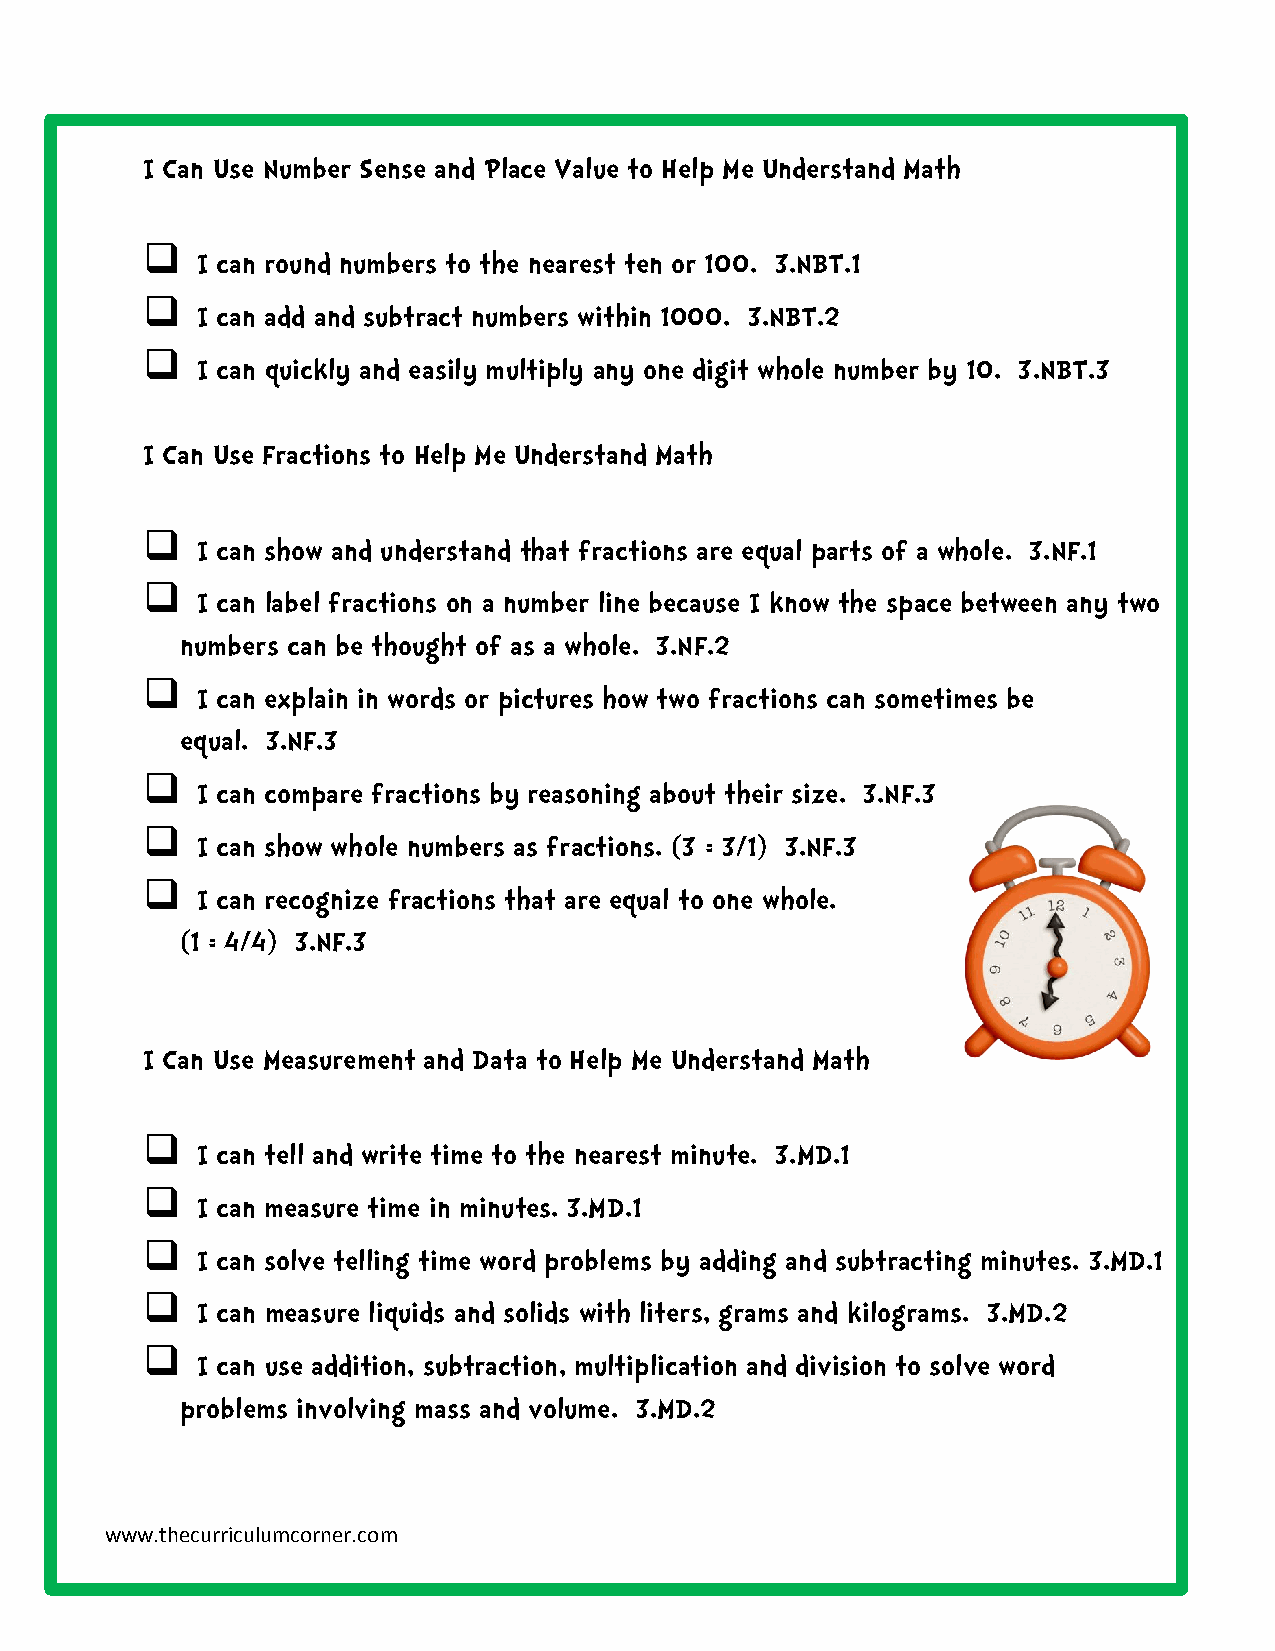
I Can Use Number Sense and Place Value to Help Me Understand Math
 
 I can round numbers to the nearest ten or 100. 3.NBT.1
 
 I can add and subtract numbers within 1000. 3.NBT.2
 
 I can quickly and easily multiply any one digit whole number by 10. 3.NBT.3
 I Can Use Fractions to Help Me Understand Math
 
 I can show and understand that fractions are equal parts of a whole. 3.NF.1
 
 I can label fractions on a number line because I know the space between any two
 numbers can be thought of as a whole. 3.NF.2
 
 I can explain in words or pictures how two fractions can sometimes be
 equal. 3.NF.3
 
 I can compare fractions by reasoning about their size. 3.NF.3
 
 I can show whole numbers as fractions. (3 = 3/1) 3.NF.3
 
 I can recognize fractions that are equal to one whole.
 (1 = 4/4) 3.NF.3
 I Can Use Measurement and Data to Help Me Understand Math
 
 I can tell and write time to the nearest minute. 3.MD.1
 
 I can measure time in minutes. 3.MD.1
 
 I can solve telling time word problems by adding and subtracting minutes. 3.MD.1
 
 I can measure liquids and solids with liters, grams and kilograms. 3.MD.2
 
 I can use addition, subtraction, multiplication and division to solve word
 problems involving mass and volume. 3.MD.2
 www.thecurriculumcorner.com